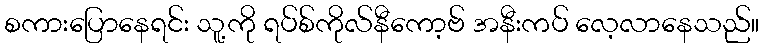
စကားပြောနေရင်း သူ့ကို ရပ်စ်ကိုလ်နီကော့ဗ် အနီးကပ် လေ့လာနေသည်။